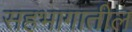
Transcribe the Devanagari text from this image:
सहभागातील